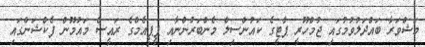
މަޝްވަރާ ބައްދަލުވުމުގައި ޖުމްހޫރީ ޕާޓީގެ ކައުންސިލް މެންބަރުންނާއި ޕީޕީއެމްގެ ރައީސް މައުމޫން ފެކްޝަންގައި